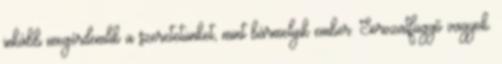
inkább megérdemlik a szeretetünket, mint bármelyik ember. Sorozatfüggő vagyok.